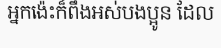
អ្នកង៉េះក៏ពឹងអស់បងប្អូន ដែល